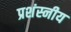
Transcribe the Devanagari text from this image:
प्रशंस्नीय